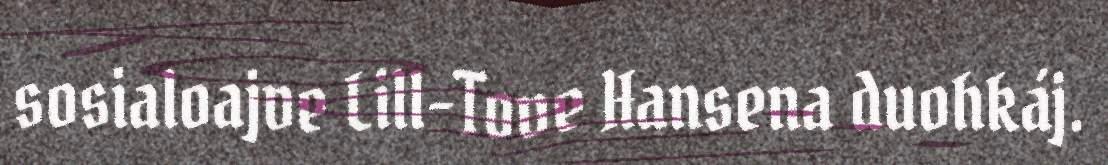
sosialoajve Lill-Tove Hansena duohkáj.